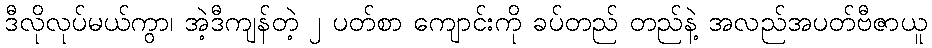
ဒီလိုလုပ်မယ်ကွာ၊ အဲ့ဒီကျန်တဲ့ ၂ ပတ်စာ ကျောင်းကို ခပ်တည် တည်နဲ့ အလည်အပတ်ဗီဇာယူ